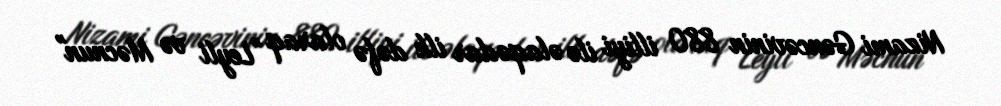
Nizami Gəncəvinin 880 illiyi ilə əlaqədar ilk dəfə olaraq "Leyli və Məcnun"